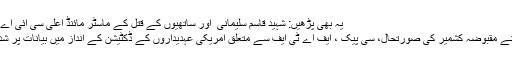
یہ بھی پڑھیں: شہید قاسم سلیمانی ؒ اور ساتھیوں کے قتل کے ماسٹر مائنڈ اعلیٰ سی آئی اے افسرکی ہلاکت کا انکشاف
ان خیالات کا اظہار انہوں نے مقبوضہ کشمیر کی صورتحال، سی پیک ، ایف اے ٹی ایف سے متعلق امریکی عہدیداروں کے ڈکٹیشن کے انداز میں بیانات پر شدید ردعمل دیتے ہوئے کیا۔